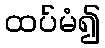
ထပ်မံ၍